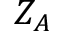
Z _ { A }